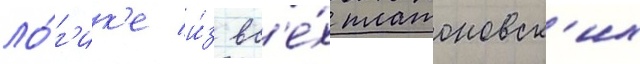
ло́г'ик'е и́з вс'е́х платоновск'их